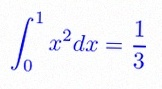
\int_0^1 x^2dx=\frac13